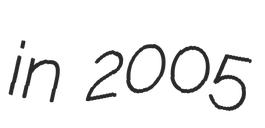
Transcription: in 2005